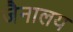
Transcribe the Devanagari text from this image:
जैनालय